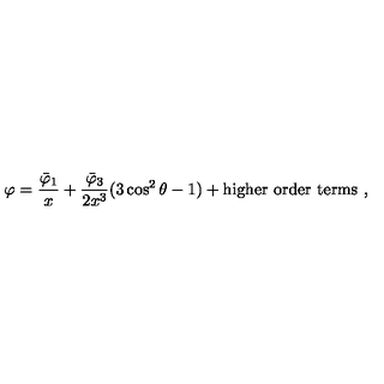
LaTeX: \varphi = \frac { \bar { \varphi } _ { 1 } } { x } + \frac { \bar { \varphi } _ { 3 } } { 2 x ^ { 3 } } ( 3 \cos ^ { 2 } \theta - 1 ) + \mathrm { h i g h e r } \ \mathrm { o r d e r } \ \mathrm { t e r m s } \ ,